Document type: Dowry
Year: 1238
Scribe: Berenguer Jaume
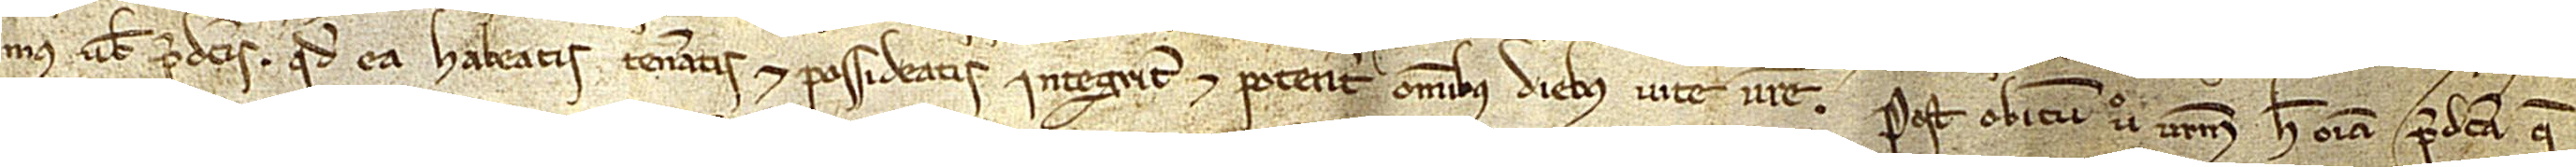
mus vobis predictis quod ea habeatis, teneatis et possideatis integriter et potenter omnibus diebus vite vestre. Post obitum vero vestrum hec omnia predicta que